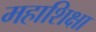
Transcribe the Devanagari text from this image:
महाशिक्षा